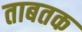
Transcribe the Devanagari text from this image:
ताबतक